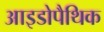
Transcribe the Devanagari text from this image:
आइडोपैथिक